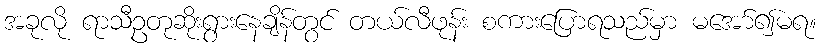
အခုလို ရာသီဥတုဆိုးရွားနေချိန်တွင် တယ်လီဖုန်း စကားပြောရသည်မှာ မအော်၍မရ။